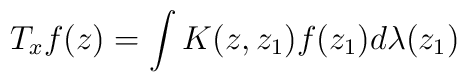
T_{x}f(z)=\int K(z,z_{1})f(z_{1})d\lambda(z_{1})